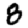
Digit: 8